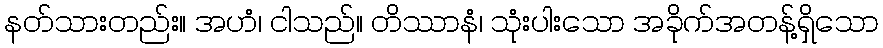
နတ်သားတည်း။ အဟံ၊ ငါသည်။ တိဿာနံ၊ သုံးပါးသော အခိုက်အတန့်ရှိသော